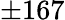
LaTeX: \pm 167